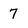
Character: 7